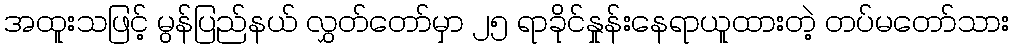
အထူးသဖြင့် မွန်ပြည်နယ် လွှတ်တော်မှာ ၂၅ ရာခိုင်နှုန်းနေရာယူထားတဲ့ တပ်မတော်သား